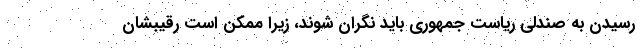
رسیدن به صندلی ریاست جمهوری باید نگران شوند، زیرا ممکن است رقیبشان